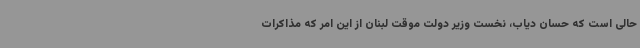
حالی است که حسان دیاب، نخست وزیر دولت موقت لبنان از این امر که مذاکرات